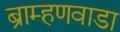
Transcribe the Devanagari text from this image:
ब्राम्हणवाडा